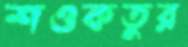
শওকতুর